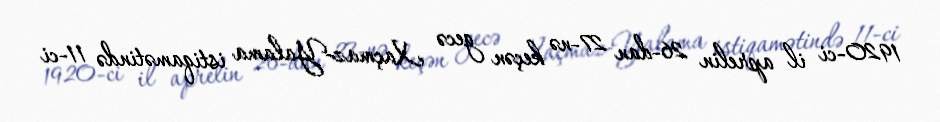
1920-ci il aprelin 26-dan 27-nə keçən gecə Xaçmaz-Yalama istiqamətində 11-ci